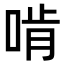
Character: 啃